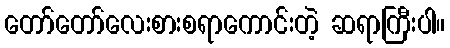
တော်တော်လေးစားစရာကောင်းတဲ့ ဆရာကြီးပါ။